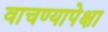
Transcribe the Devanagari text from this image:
वाचण्यापेक्षा